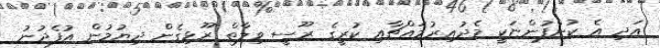
އަދި އެ ކުންފުންޏަކީ މެދުއިރުމައްޗާއި ކުރީގެ ރޫސީ ވިލާތް ރޫޅިގެން ދިޔުމުން އުފެދުނު